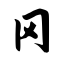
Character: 冈